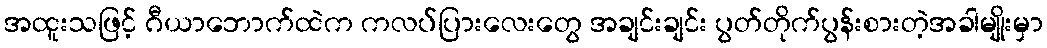
အထူးသဖြင့် ဂီယာဘောက်ထဲက ကလပ်ပြားလေးတွေ အချင်းချင်း ပွတ်တိုက်ပွန်းစားတဲ့အခါမျိုးမှာ